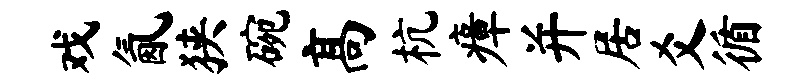
戏氤狭碗高杭瘴并居爻循